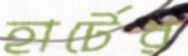
হার্টের